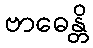
ဗာဓေန္တိ